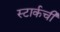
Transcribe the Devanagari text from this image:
स्टार्कची